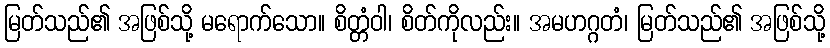
မြတ်သည်၏ အဖြစ်သို့ မရောက်သော။ စိတ္တံဝါ၊ စိတ်ကိုလည်း။ အမဟဂ္ဂတံ၊ မြတ်သည်၏ အဖြစ်သို့